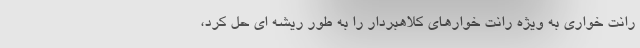
رانت خواری به ویژه رانت خوارهای کلاهبردار را به طور ریشه ای حل کرد،